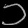
Digit: ၁